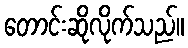
တောင်းဆိုလိုက်သည်။